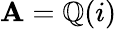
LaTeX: \mathbf{A}=\mathbb{{Q}}(i)